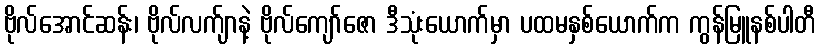
ဗိုလ်အောင်ဆန်း၊ ဗိုလ်လက်ျာနဲ့ ဗိုလ်ကျော်ဇော ဒီသုံးယောက်မှာ ပထမနှစ်ယောက်က ကွန်မြူနစ်ပါတီ